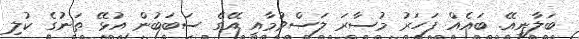
ބަލާނީއޭ. ބައެއް ފަހަރު މުސާރަ ލަސްވުމާއި އޭގެ ސަބަބުން އުޅޭ ތަނުގެ ކުލި